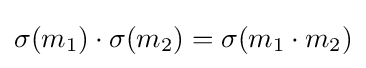
\sigma (m_{1})\cdot \sigma (m_{2})=\sigma (m_{1}\cdot m_{2})